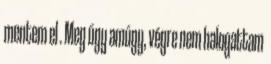
mentem el . Meg úgy amúgy, végre nem halogattam